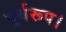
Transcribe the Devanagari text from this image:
पूर्वरूप।